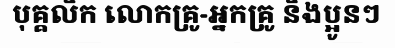
បុគ្គលិក លោកគ្រូ-អ្នកគ្រូ និងប្អូនៗ